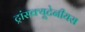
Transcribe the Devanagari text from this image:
ट्रांसक्यूटेनीयस